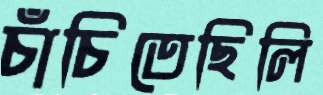
চাঁচিতেছিলি